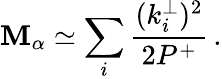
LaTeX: \mathbf{M}_{\alpha}\simeq\sum_{i}\frac{{(k_{i}^{\perp})^{2}}}{{2P^{+}}}\, .